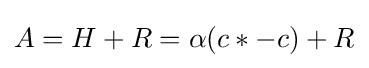
A=H+R=\alpha (c*-c)+R